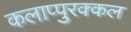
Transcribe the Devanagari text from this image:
कलाप्पुरक्कल